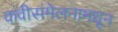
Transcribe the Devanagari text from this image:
कवीसंमेलनामधून